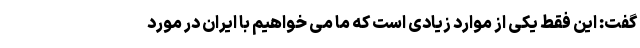
گفت: این فقط یکی از موارد زیادی است که ما می خواهیم با ایران در مورد